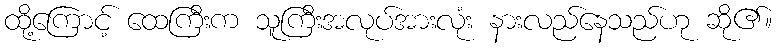
ထို့ကြောင့် ထေကြီးက သူကြီးအလုပ်အားလုံး နားလည်နေသည်ဟု ဆို၏။